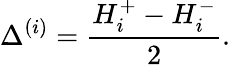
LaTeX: \Delta^{(i)}=\frac{H_{i}^{+}-H_{i}^{-}}{2}.